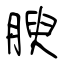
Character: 腴